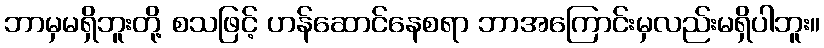
ဘာမှမရှိဘူးတို့ စသဖြင့် ဟန်ဆောင်နေစရာ ဘာအကြောင်းမှလည်းမရှိပါဘူး။